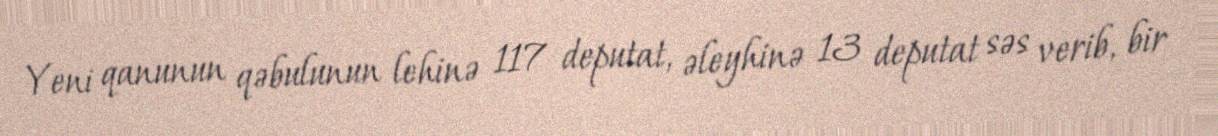
Yeni qanunun qəbulunun lehinə 117 deputat, əleyhinə 13 deputat səs verib, bir